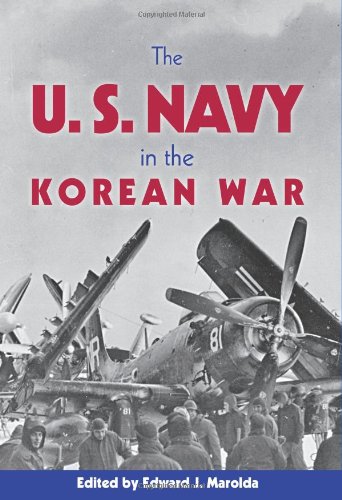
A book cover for The United States Navy in the Korean War; History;